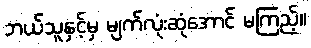
ဘယ်သူနှင့်မှ မျက်လုံးဆုံအောင် မကြည့်။